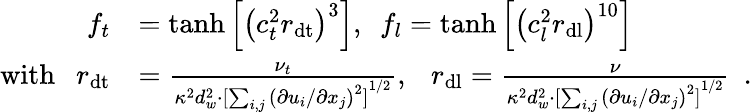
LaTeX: \begin{array}{rl}{f_{t}}&{=\operatorname{tanh}{\left[{\left(c_{t}^{2}r_{\mathrm{dt}}\right)}^{3}\right]},\ \ f_{l}=\operatorname{tanh}{\left[{\left(c_{l}^{2}r_{\mathrm{dl}}\right)}^{10}\right]}}\\ {\mathrm{with}\ \ \ r_{\mathrm{dt}}}&{=\frac{\nu_{t}}{\kappa^{2}d_{w}^{2}\cdot{[\sum_{i,j}{\left(\partial u_{i}/\partial x_{j}\right)}^{2}]}^{1/2}},\ \ \ r_{\mathrm{dl}}=\frac{\nu}{\kappa^{2}d_{w}^{2}\cdot{[\sum_{i,j}{\left(\partial u_{i}/\partial x_{j}\right)}^{2}]}^{1/2}}\ \ .}\end{array}